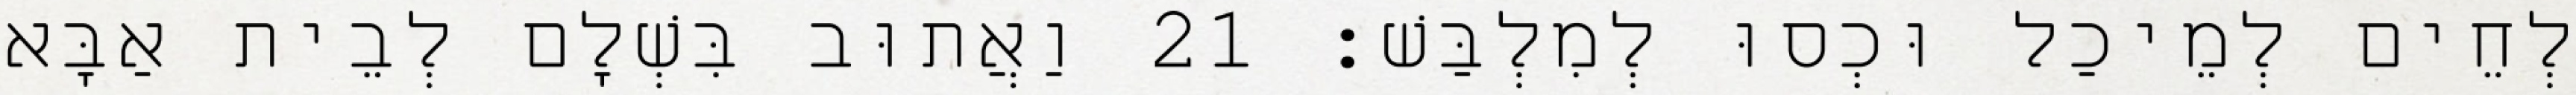
לְחֵים לְמֵיכַל וּכְסוּ לְמִלְבַּשׁ׃ 21 וַאֲתוּב בִּשְׁלָם לְבֵית אַבָּא